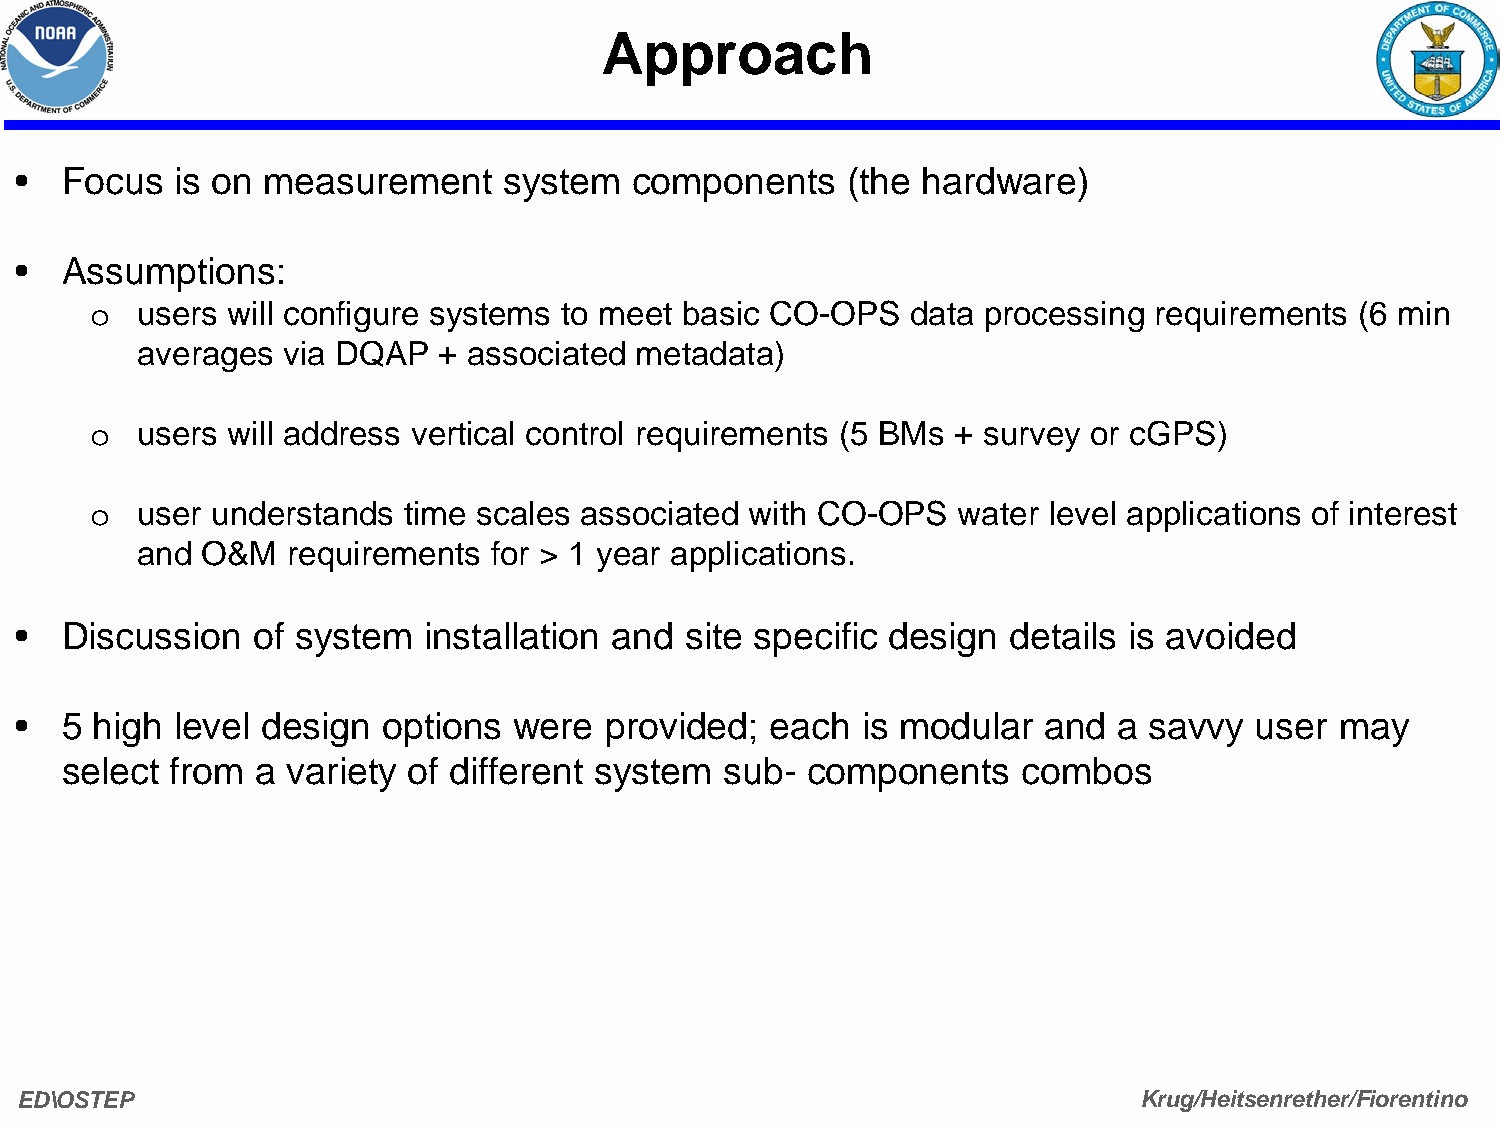
Approach
 •  Focus   is on measurement    system   components    (the hardware)
 •  Assumptions:
 users will configure systems to meet basic CO-OPS  data processing requirements  (6 min
 o
 averages  via DQAP  + associated metadata)
 users will address vertical control requirements (5 BMs + survey or cGPS)
 o
 user understands  time scales associated with CO-OPS  water level applications of interest
 o
 and O&M   requirements  for > 1 year applications.
 •  Discussion   of system  installation and site specific design  details is avoided
 •  5 high  level design options  were  provided;  each  is modular  and  a savvy  user  may
 select from  a variety of different system  sub- components     combos
 ED\OSTEP                                                                  Krug/Heitsenrether/Fiorentino